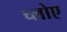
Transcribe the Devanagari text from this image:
च्लोए